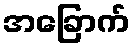
အခြောက်